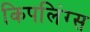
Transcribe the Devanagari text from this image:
किपलिंग्स